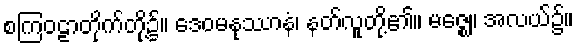
စကြဝဠာတိုက်တို့၌။ ဒေဝမနုဿာနံ၊ နတ်လူတို့၏။ မဇ္ဈေ၊ အလယ်၌။